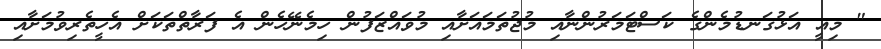
" މިއީ އަޅުގަނޑުމެންގެ ކަސްޓަމަރުންނާއި މުޖުތަމައަށާއި މުވައްޒަފުން ހިމެނޭހެން އެ ފަރާތްތަކަށް އެހީތެރިވުމަށާއި